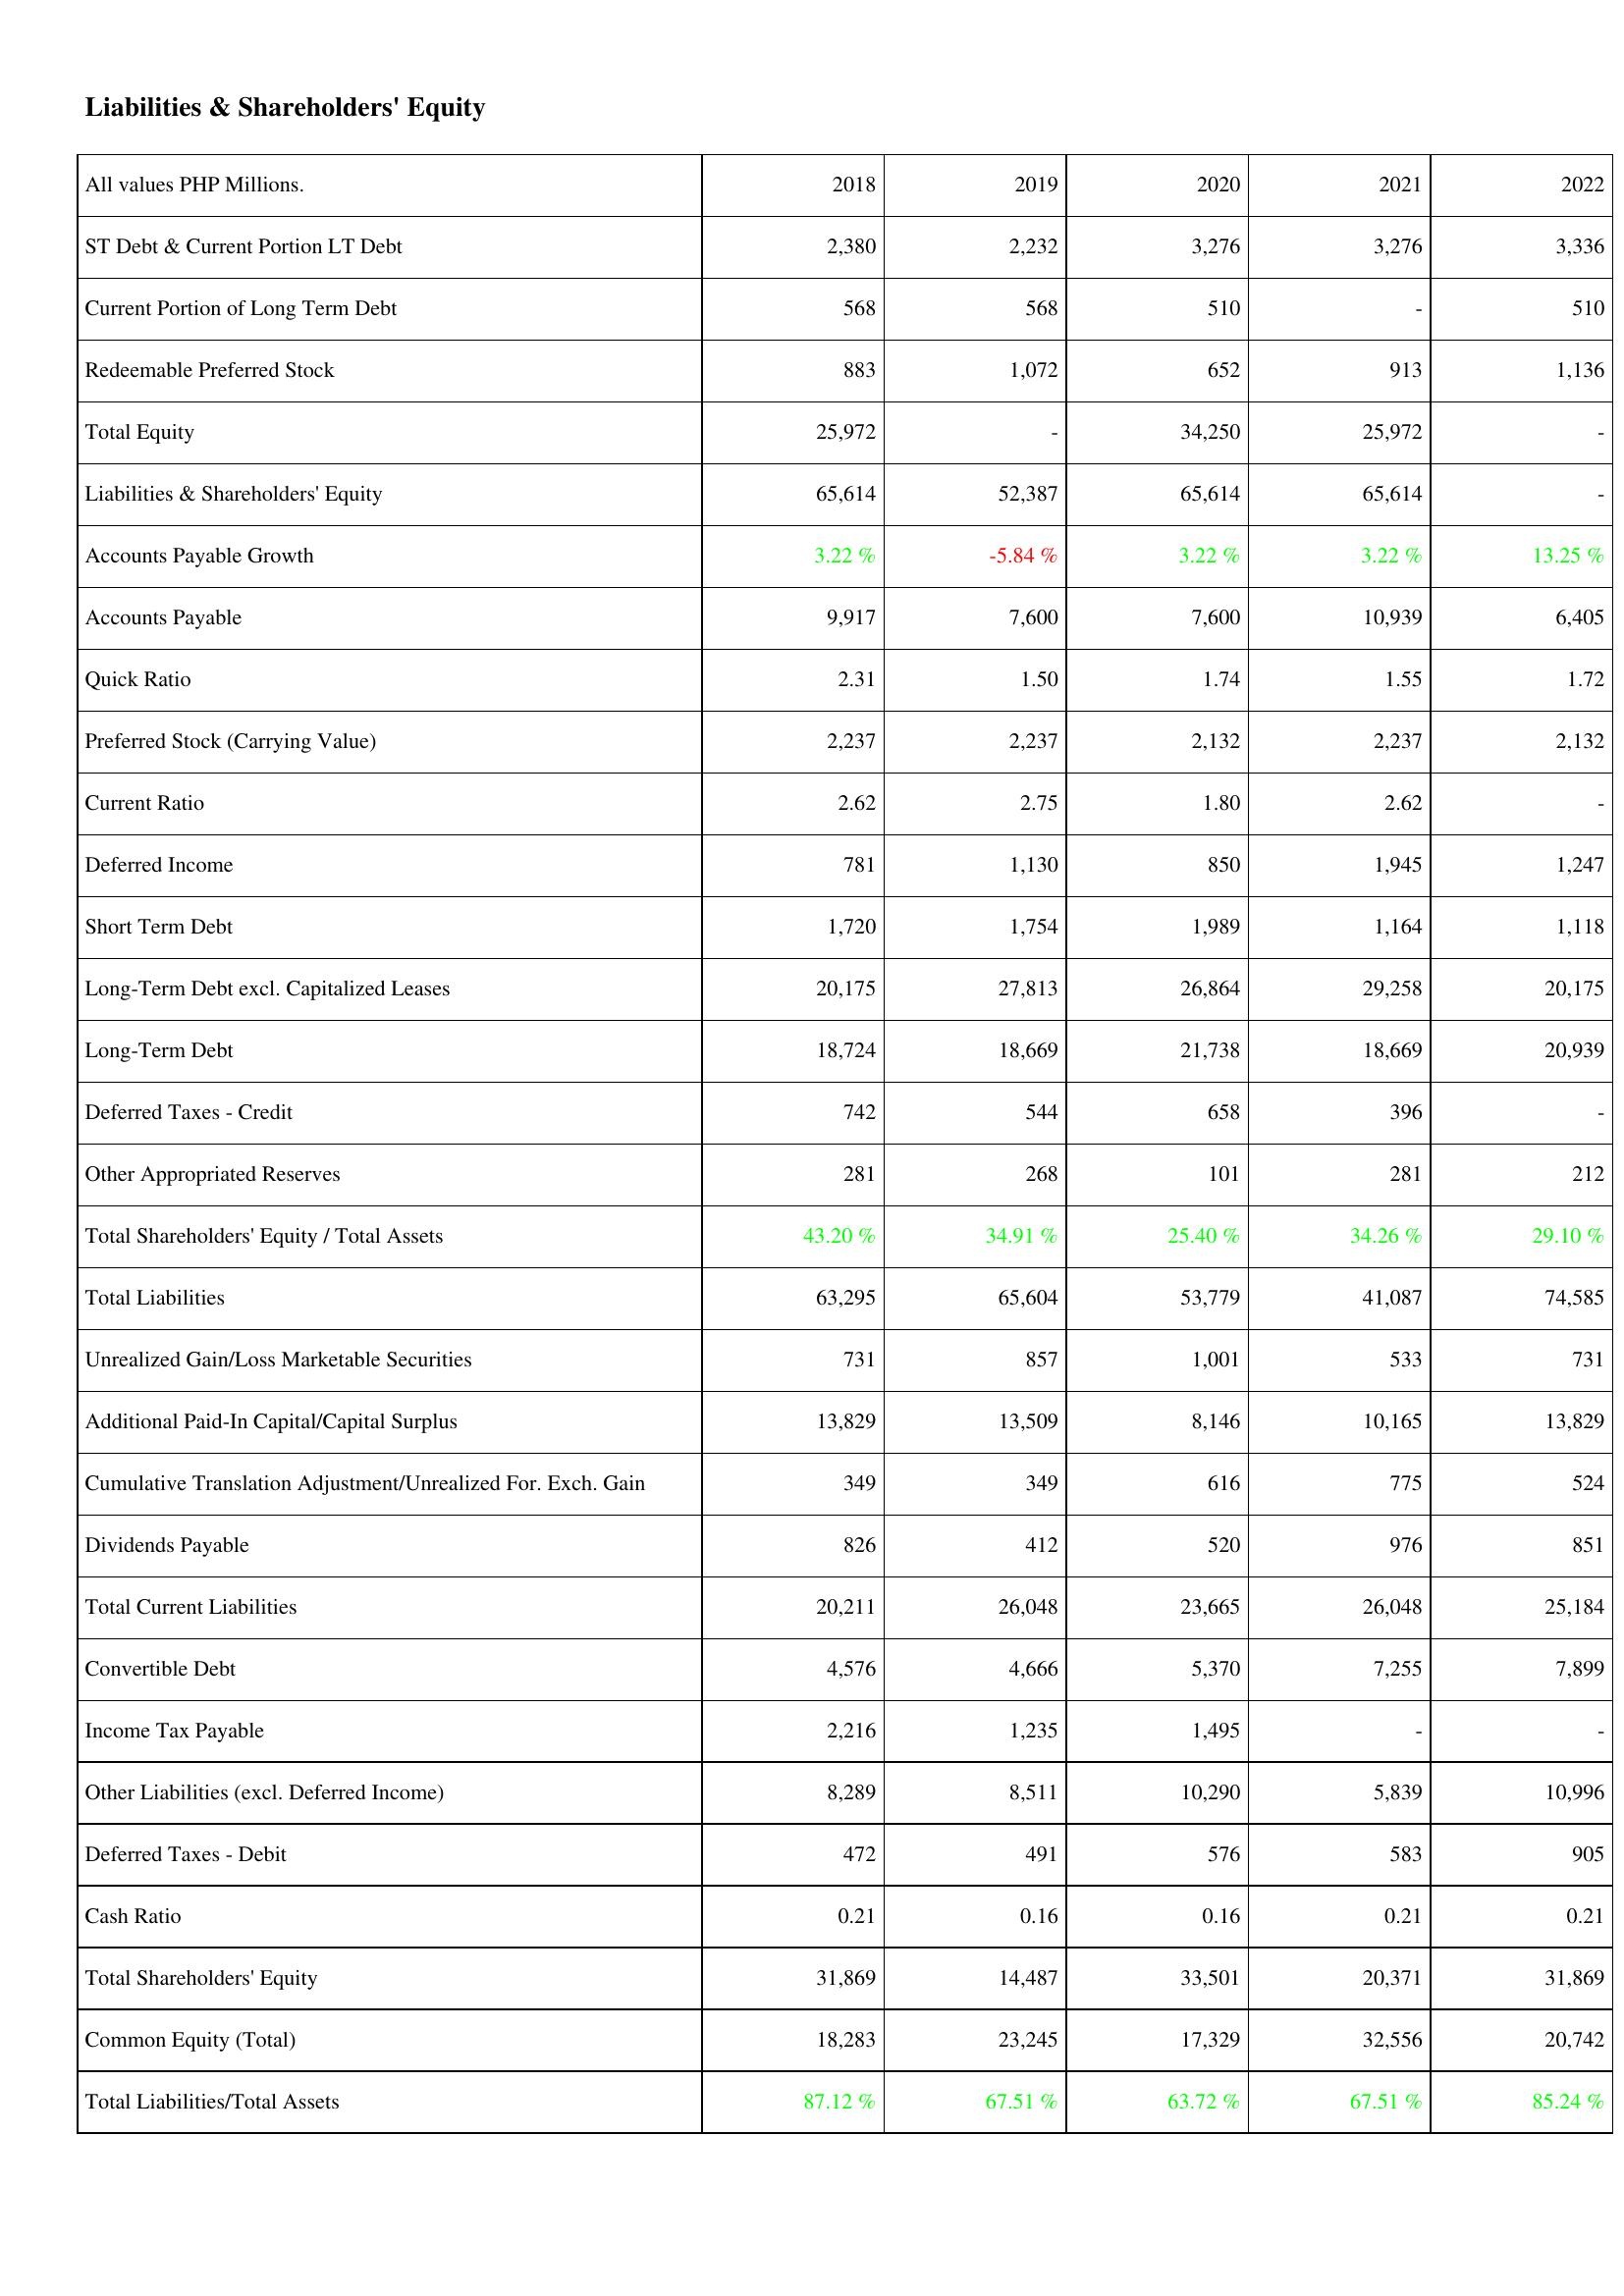
2018: Liabilities & Shareholders' Equity: ST Debt & Current Portion LT Debt: 2,380
Current Portion of Long Term Debt: 568
Redeemable Preferred Stock: 883
Total Equity: 25,972
Liabilities & Shareholders' Equity: 65,614
Accounts Payable Growth: 3.22 %
Accounts Payable: 9,917
Quick Ratio: 2.31
Preferred Stock (Carrying Value): 2,237
Current Ratio: 2.62
Deferred Income: 781
Short Term Debt: 1,720
Long-Term Debt excl. Capitalized Leases: 20,175
Long-Term Debt: 18,724
Deferred Taxes - Credit: 742
Other Appropriated Reserves: 281
Total Shareholders' Equity / Total Assets: 43.20 %
Total Liabilities: 63,295
Unrealized Gain/Loss Marketable Securities: 731
Additional Paid-In Capital/Capital Surplus: 13,829
Cumulative Translation Adjustment/Unrealized For. Exch. Gain: 349
Dividends Payable: 826
Total Current Liabilities: 20,211
Convertible Debt: 4,576
Income Tax Payable: 2,216
Other Liabilities (excl. Deferred Income): 8,289
Deferred Taxes - Debit: 472
Cash Ratio: 0.21
Total Shareholders' Equity: 31,869
Common Equity (Total): 18,283
Total Liabilities/Total Assets: 87.12 %
2019: Liabilities & Shareholders' Equity: ST Debt & Current Portion LT Debt: 2,232
Current Portion of Long Term Debt: 568
Redeemable Preferred Stock: 1,072
Total Equity: -
Liabilities & Shareholders' Equity: 52,387
Accounts Payable Growth: -5.84 %
Accounts Payable: 7,600
Quick Ratio: 1.50
Preferred Stock (Carrying Value): 2,237
Current Ratio: 2.75
Deferred Income: 1,130
Short Term Debt: 1,754
Long-Term Debt excl. Capitalized Leases: 27,813
Long-Term Debt: 18,669
Deferred Taxes - Credit: 544
Other Appropriated Reserves: 268
Total Shareholders' Equity / Total Assets: 34.91 %
Total Liabilities: 65,604
Unrealized Gain/Loss Marketable Securities: 857
Additional Paid-In Capital/Capital Surplus: 13,509
Cumulative Translation Adjustment/Unrealized For. Exch. Gain: 349
Dividends Payable: 412
Total Current Liabilities: 26,048
Convertible Debt: 4,666
Income Tax Payable: 1,235
Other Liabilities (excl. Deferred Income): 8,511
Deferred Taxes - Debit: 491
Cash Ratio: 0.16
Total Shareholders' Equity: 14,487
Common Equity (Total): 23,245
Total Liabilities/Total Assets: 67.51 %
2020: Liabilities & Shareholders' Equity: ST Debt & Current Portion LT Debt: 3,276
Current Portion of Long Term Debt: 510
Redeemable Preferred Stock: 652
Total Equity: 34,250
Liabilities & Shareholders' Equity: 65,614
Accounts Payable Growth: 3.22 %
Accounts Payable: 7,600
Quick Ratio: 1.74
Preferred Stock (Carrying Value): 2,132
Current Ratio: 1.80
Deferred Income: 850
Short Term Debt: 1,989
Long-Term Debt excl. Capitalized Leases: 26,864
Long-Term Debt: 21,738
Deferred Taxes - Credit: 658
Other Appropriated Reserves: 101
Total Shareholders' Equity / Total Assets: 25.40 %
Total Liabilities: 53,779
Unrealized Gain/Loss Marketable Securities: 1,001
Additional Paid-In Capital/Capital Surplus: 8,146
Cumulative Translation Adjustment/Unrealized For. Exch. Gain: 616
Dividends Payable: 520
Total Current Liabilities: 23,665
Convertible Debt: 5,370
Income Tax Payable: 1,495
Other Liabilities (excl. Deferred Income): 10,290
Deferred Taxes - Debit: 576
Cash Ratio: 0.16
Total Shareholders' Equity: 33,501
Common Equity (Total): 17,329
Total Liabilities/Total Assets: 63.72 %
2021: Liabilities & Shareholders' Equity: ST Debt & Current Portion LT Debt: 3,276
Current Portion of Long Term Debt: -
Redeemable Preferred Stock: 913
Total Equity: 25,972
Liabilities & Shareholders' Equity: 65,614
Accounts Payable Growth: 3.22 %
Accounts Payable: 10,939
Quick Ratio: 1.55
Preferred Stock (Carrying Value): 2,237
Current Ratio: 2.62
Deferred Income: 1,945
Short Term Debt: 1,164
Long-Term Debt excl. Capitalized Leases: 29,258
Long-Term Debt: 18,669
Deferred Taxes - Credit: 396
Other Appropriated Reserves: 281
Total Shareholders' Equity / Total Assets: 34.26 %
Total Liabilities: 41,087
Unrealized Gain/Loss Marketable Securities: 533
Additional Paid-In Capital/Capital Surplus: 10,165
Cumulative Translation Adjustment/Unrealized For. Exch. Gain: 775
Dividends Payable: 976
Total Current Liabilities: 26,048
Convertible Debt: 7,255
Income Tax Payable: -
Other Liabilities (excl. Deferred Income): 5,839
Deferred Taxes - Debit: 583
Cash Ratio: 0.21
Total Shareholders' Equity: 20,371
Common Equity (Total): 32,556
Total Liabilities/Total Assets: 67.51 %
2022: Liabilities & Shareholders' Equity: ST Debt & Current Portion LT Debt: 3,336
Current Portion of Long Term Debt: 510
Redeemable Preferred Stock: 1,136
Total Equity: -
Liabilities & Shareholders' Equity: -
Accounts Payable Growth: 13.25 %
Accounts Payable: 6,405
Quick Ratio: 1.72
Preferred Stock (Carrying Value): 2,132
Current Ratio: -
Deferred Income: 1,247
Short Term Debt: 1,118
Long-Term Debt excl. Capitalized Leases: 20,175
Long-Term Debt: 20,939
Deferred Taxes - Credit: -
Other Appropriated Reserves: 212
Total Shareholders' Equity / Total Assets: 29.10 %
Total Liabilities: 74,585
Unrealized Gain/Loss Marketable Securities: 731
Additional Paid-In Capital/Capital Surplus: 13,829
Cumulative Translation Adjustment/Unrealized For. Exch. Gain: 524
Dividends Payable: 851
Total Current Liabilities: 25,184
Convertible Debt: 7,899
Income Tax Payable: -
Other Liabilities (excl. Deferred Income): 10,996
Deferred Taxes - Debit: 905
Cash Ratio: 0.21
Total Shareholders' Equity: 31,869
Common Equity (Total): 20,742
Total Liabilities/Total Assets: 85.24 %